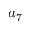
a _ { 7 }